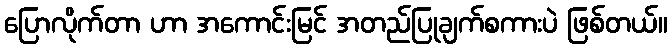
ပြောလိုက်တာ ဟာ အကောင်းမြင် အတည်ပြုချက်စကားပဲ ဖြစ်တယ်။